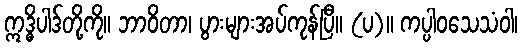
ဣဒ္ဓိပါဒ်တို့ကို။ ဘာဝိတာ၊ ပွားများအပ်ကုန်ပြီ။ (ပ)။ ကပ္ပါဝသေသံဝါ၊